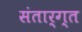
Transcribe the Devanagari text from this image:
संतार्ग्त